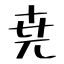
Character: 尭